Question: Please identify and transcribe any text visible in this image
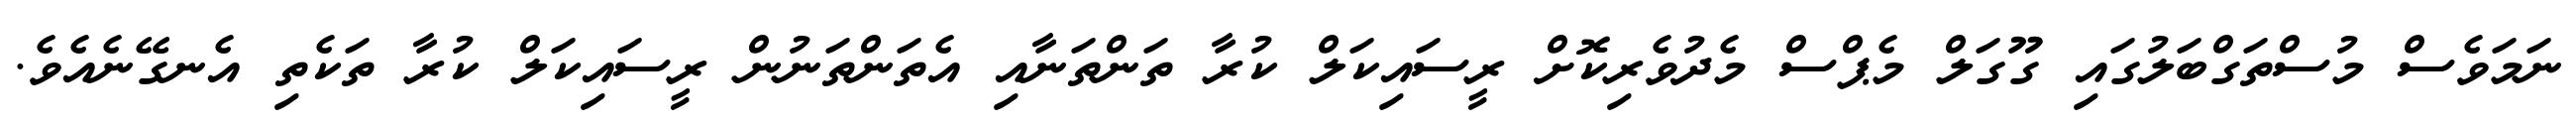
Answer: ނަމަވެސް މުސްތަގްބަލުގައި ގޫގަލް މެޕްސް މެދުވެރިކޮށް ރީސައިކަލް ކުރާ ތަންތަނާއި އެތަންތަނުން ރީސައިކަލް ކުރާ ތަކެތި އެނގޭނެއެވެ.